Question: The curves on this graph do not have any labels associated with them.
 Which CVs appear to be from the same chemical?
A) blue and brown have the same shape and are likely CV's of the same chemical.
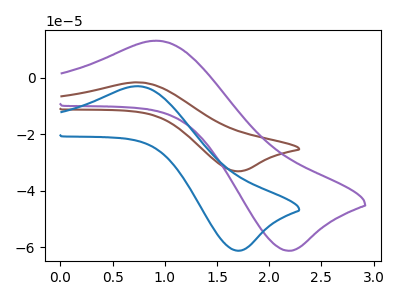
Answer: <think>The brown curve "brown" has an anodic peak at (0.75V, -1.60uA) and a cathodic peak at (1.75V, -33.05uA). The purple curve "purple" has an anodic peak at (0.90V, 13.15uA) and a cathodic peak at (2.20V, -61.20uA). The blue curve "blue" has an anodic peak at (0.75V, -3.00uA) and a cathodic peak at (1.75V, -61.15uA).
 "brown" and "purple" have at least one peak that do not match. All the peaks in "brown" have a peak in "blue" at the same potential. "purple" and "blue" have at least one peak that do not match.</think>
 <answer>A) "blue" and "brown" have the same shape and are likely CV's of the same chemical.</answer>
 <eval>A</eval>